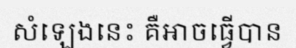
សំឡេងនេះ គឺអាចធ្វើបាន